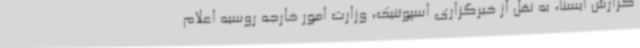
گزارش ایسنا، به نقل از خبرگزاری اسپوتنیک، وزارت امور خارجه روسیه اعلام